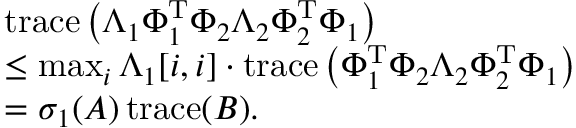
\begin{array} { r l } & { \operatorname { t r a c e } \left( \boldsymbol { \Lambda } _ { 1 } \boldsymbol { \Phi } _ { 1 } ^ { \mathrm { T } } \boldsymbol { \Phi } _ { 2 } \boldsymbol { \Lambda } _ { 2 } \boldsymbol { \Phi } _ { 2 } ^ { \mathrm { T } } \boldsymbol { \Phi } _ { 1 } \right) } \\ & { \leq \operatorname* { m a x } _ { i } \boldsymbol { \Lambda } _ { 1 } [ i , i ] \cdot \operatorname { t r a c e } \left( \boldsymbol { \Phi } _ { 1 } ^ { \mathrm { T } } \boldsymbol { \Phi } _ { 2 } \boldsymbol { \Lambda } _ { 2 } \boldsymbol { \Phi } _ { 2 } ^ { \mathrm { T } } \boldsymbol { \Phi } _ { 1 } \right) } \\ & { = \sigma _ { 1 } ( \boldsymbol { A } ) \operatorname { t r a c e } ( \boldsymbol { B } ) . } \end{array}